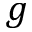
g